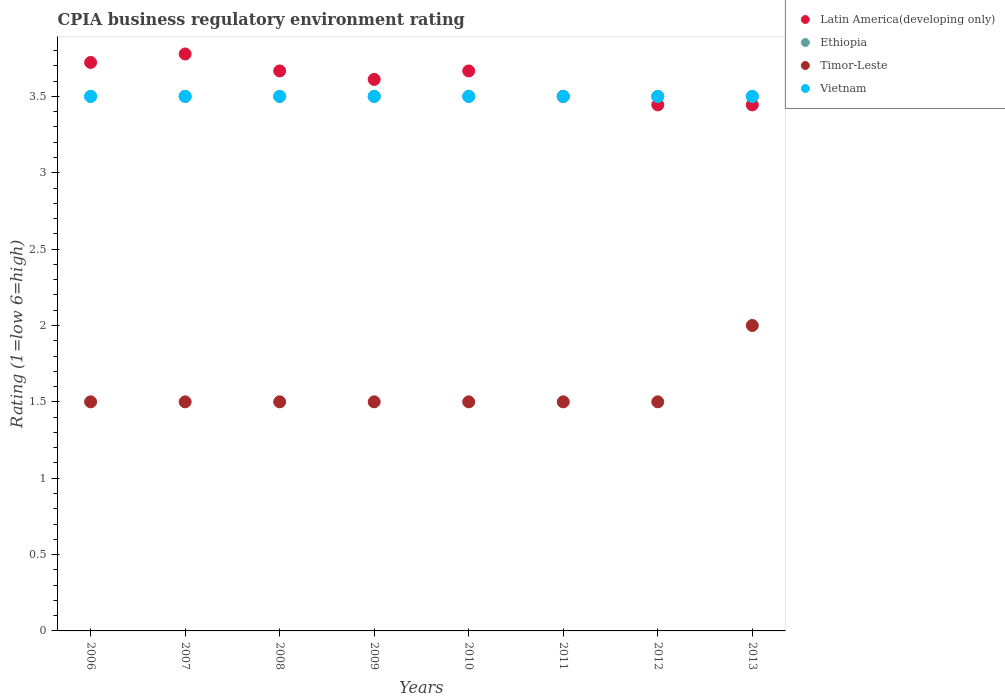
| Years | Latin America(developing only) | Ethiopia | Timor-Leste | Vietnam |
 | --- | --- | --- | --- | --- |
 | 2006 | 3.72 | 3.5 | 1.5 | 3.5 |
 | 2007 | 3.78 | 3.5 | 1.5 | 3.5 |
 | 2008 | 3.67 | 3.5 | 1.5 | 3.5 |
 | 2009 | 3.61 | 3.5 | 1.5 | 3.5 |
 | 2010 | 3.67 | 3.5 | 1.5 | 3.5 |
 | 2011 | 3.5 | 3.5 | 1.5 | 3.5 |
 | 2012 | 3.44 | 3.5 | 1.5 | 3.5 |
 | 2013 | 3.44 | 3.5 | 2 | 3.5 |